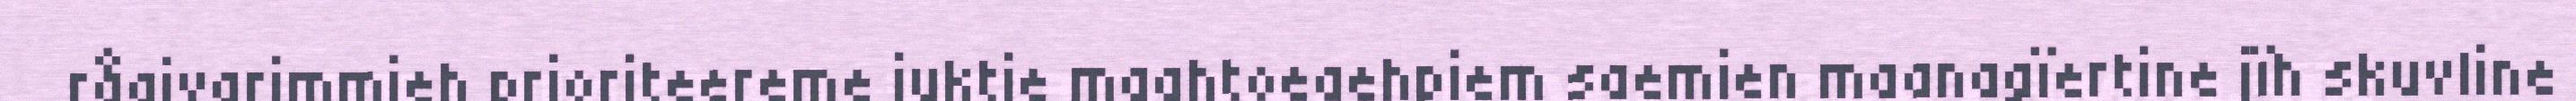
råajvarimmieh prioriteereme juktie maahtoeaehpiem saemien maanagïertine jïh skuvline